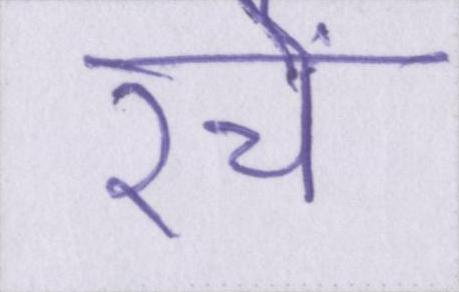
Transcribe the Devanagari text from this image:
रचे